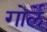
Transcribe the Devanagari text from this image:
गोर्ले